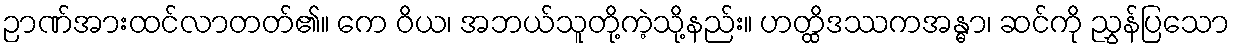
ဉာဏ်အားထင်လာတတ်၏။ ကေ ဝိယ၊ အဘယ်သူတို့ကဲ့သို့နည်း။ ဟတ္ထိဒဿကအန္ဓာ၊ ဆင်ကို ညွှန်ပြသော